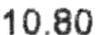
10.80